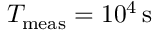
T _ { \mathrm { m e a s } } = 1 0 ^ { 4 } \, \mathrm { s }